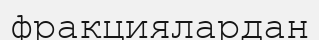
фракциялардан